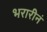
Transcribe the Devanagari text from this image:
भरारीनं